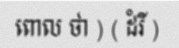
ពោល ថា ) ( ដំរី )